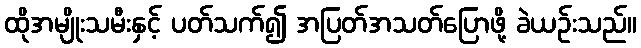
ထိုအမျိုးသမီးနှင့် ပတ်သက်၍ အပြတ်အသတ်ပြောဖို့ ခဲယဉ်းသည်။